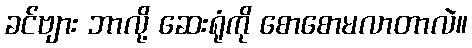
ခင်ဗျား ဘာလို့ ဆေးရုံကို စောစောမလာတာလဲ။